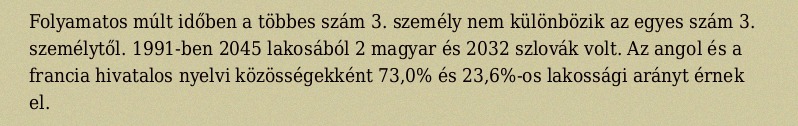
Folyamatos múlt időben a többes szám 3. személy nem különbözik az egyes szám 3. személytől. 1991-ben 2045 lakosából 2 magyar és 2032 szlovák volt. Az angol és a francia hivatalos nyelvi közösségekként 73,0% és 23,6%-os lakossági arányt érnek el.